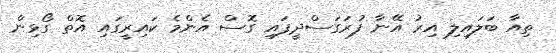
ތިއާ ބަލައިލި އިރު އޭނާ ފުރަގަސްދީފައި ގޮސް އެންމެ ކައިރީގައި އޮތް ގޯޅިން